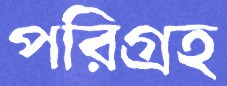
পরিগ্রহ